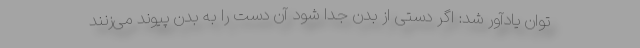
توان یادآور شد: اگر دستی از بدن جدا شود آن دست را به بدن پیوند می‌زنند